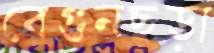
বেগুনছড়া